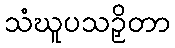
သံဃူပသဉှိတာ